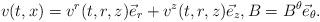
LaTeX: \begin{align*} v(t,x)=v^r(t,r,z) \vec{e}_{r}+ v^z(t,r,z) \vec{e}_{z}, B= B^\theta \vec{e}_{\theta}.\end{align*}